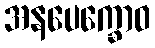
အနပေက္ခောဝ